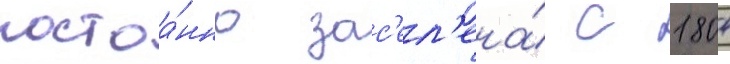
постоа́нно зас'ел'ена́ с 1804